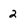
Character: 2